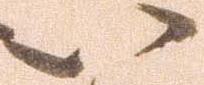
い